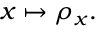
x \mapsto \rho _ { x } .